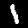
Digit: 1